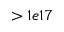
> 1 e 1 7